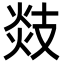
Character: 𢻑